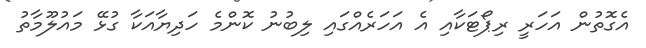
އެގޮތުން އަހަރީ ރިޕޯޓަކާއި އެ އަހަރެއްގައި ލިބުނު ކޮންމެ ހަދިޔާއަކާ ގުޅޭ މައުލޫމާތު